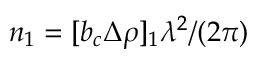
n _ { 1 } = [ b _ { c } \Delta \rho ] _ { 1 } \lambda ^ { 2 } / ( 2 \pi )